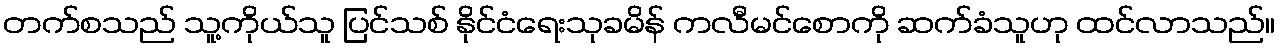
တက်စသည် သူ့ကိုယ်သူ ပြင်သစ် နိုင်ငံရေးသုခမိန် ကလီမင်စောကို ဆက်ခံသူဟု ထင်လာသည်။